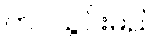
တင်သွင်းမည်